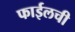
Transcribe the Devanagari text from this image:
फाईलची